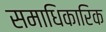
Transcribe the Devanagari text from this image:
समाधिकारिक